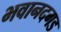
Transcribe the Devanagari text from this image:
भवानदगड